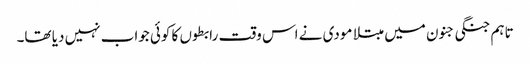
تاہم جنگی جنون میں مبتلا مودی نے اس وقت رابطوں کا کوئی جواب نہیں دیا تھا۔